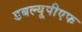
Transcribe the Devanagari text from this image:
डबल्यूपीएफ